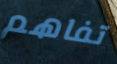
تفاهم